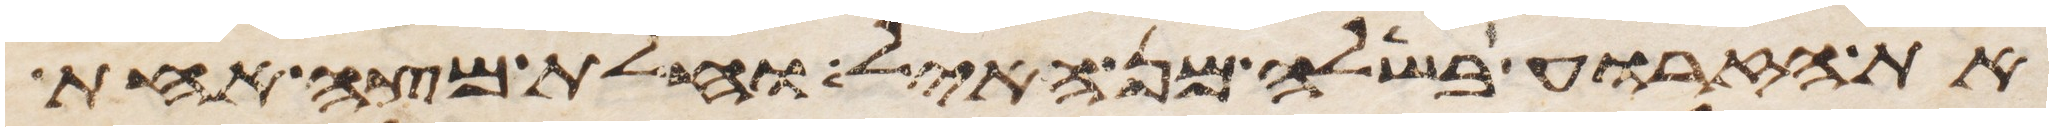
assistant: את הזרוע בשלה מן האיל וחלת מצה אחת